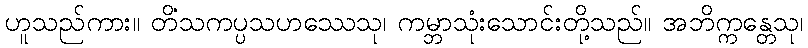
ဟူသည်ကား။ တိံသကပ္ပသဟဿေသု၊ ကမ္ဘာသုံးသောင်းတို့သည်။ အဘိက္ကန္တေသု၊